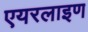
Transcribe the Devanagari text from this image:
एयरलाइण